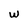
Character: w